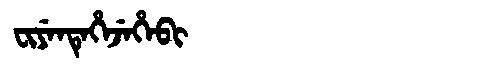
Manchu: ᠸᡳᠶᡝᠨᡨᡝᡥᡝᠵᡝᡥᡝᠪᡳ
Romanization: FIYENTEHEJEHEBI